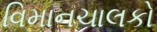
વિમાનચાલકો